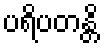
ပရိပတန္တိ